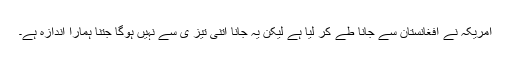
امریکہ نے افغانستان سے جانا طے کر لیا ہے لیکن یہ جانا اتنی تیز ی سے نہیں ہوگا جتنا ہمارا اندازہ ہے۔